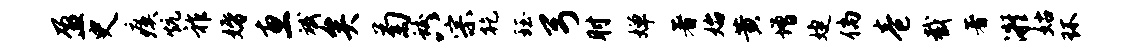
盈史瘼炕祚婚惠斌矣菊蛟八宗乾珏弓肘婵著始黄增婕倘卷截著凝姑环